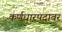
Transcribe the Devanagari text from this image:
कर्णधारपदावर